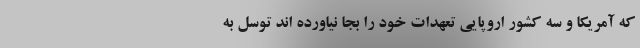
که آمریکا و سه کشور اروپایی تعهدات خود را بجا نیاورده اند توسل به